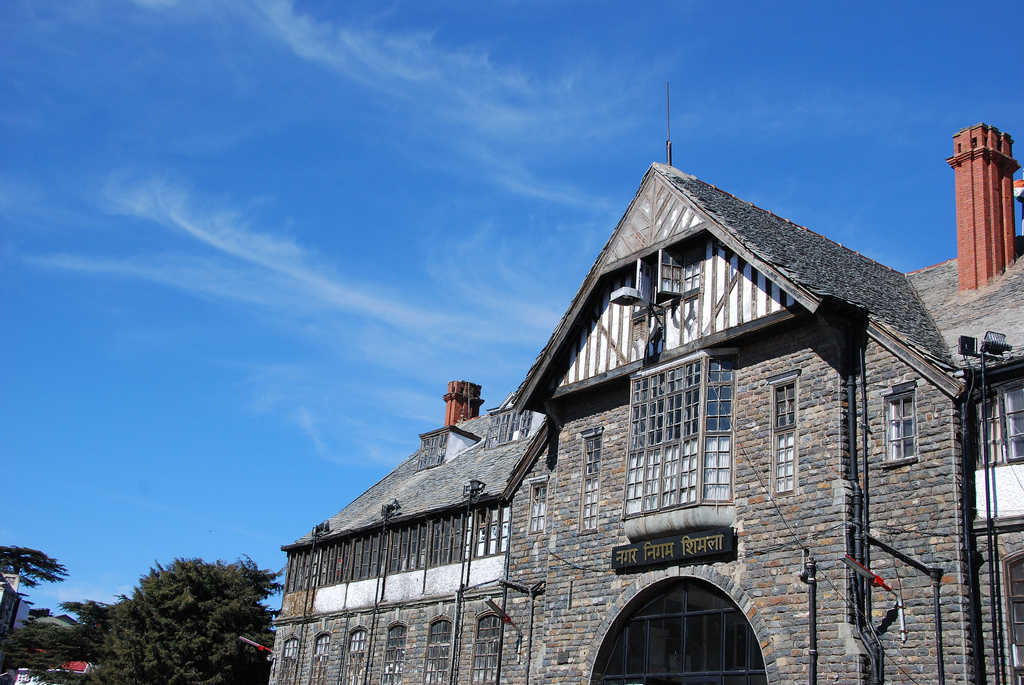
Language: hindi
Transcription: निगम नगर शिमला